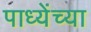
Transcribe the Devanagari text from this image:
पाध्येंच्या